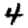
Digit: 4